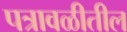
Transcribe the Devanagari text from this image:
पत्रावळीतील